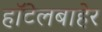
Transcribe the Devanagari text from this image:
हॉटेलबाहेर